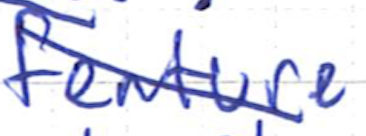
Text: feature
Cross-out: diagonal
Writing tool: ballpoint